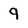
Character: 9